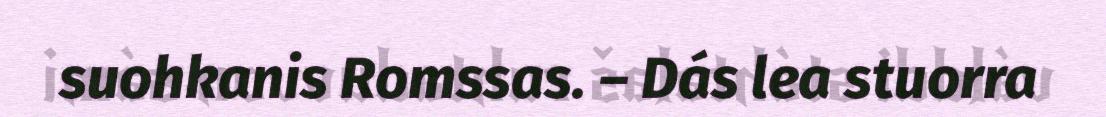
suohkanis Romssas. – Dás lea stuorra